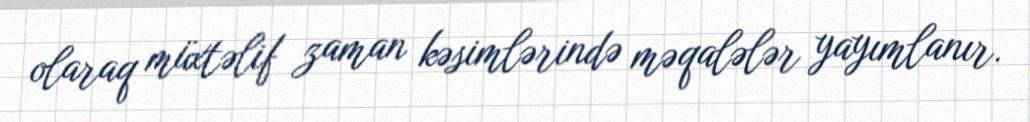
olaraq müxtəlif zaman kəsimlərində məqalələr yayımlanır.